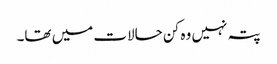
پتہ نہیں وہ کن حالات میں تھا۔